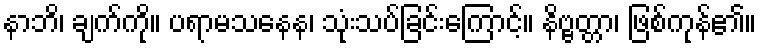
နာဘိ၊ ချက်ကို။ ပရာမသနေန၊ သုံးသပ်ခြင်းကြောင့်။ နိဗ္ဗတ္တာ၊ ဖြစ်ကုန်၏။